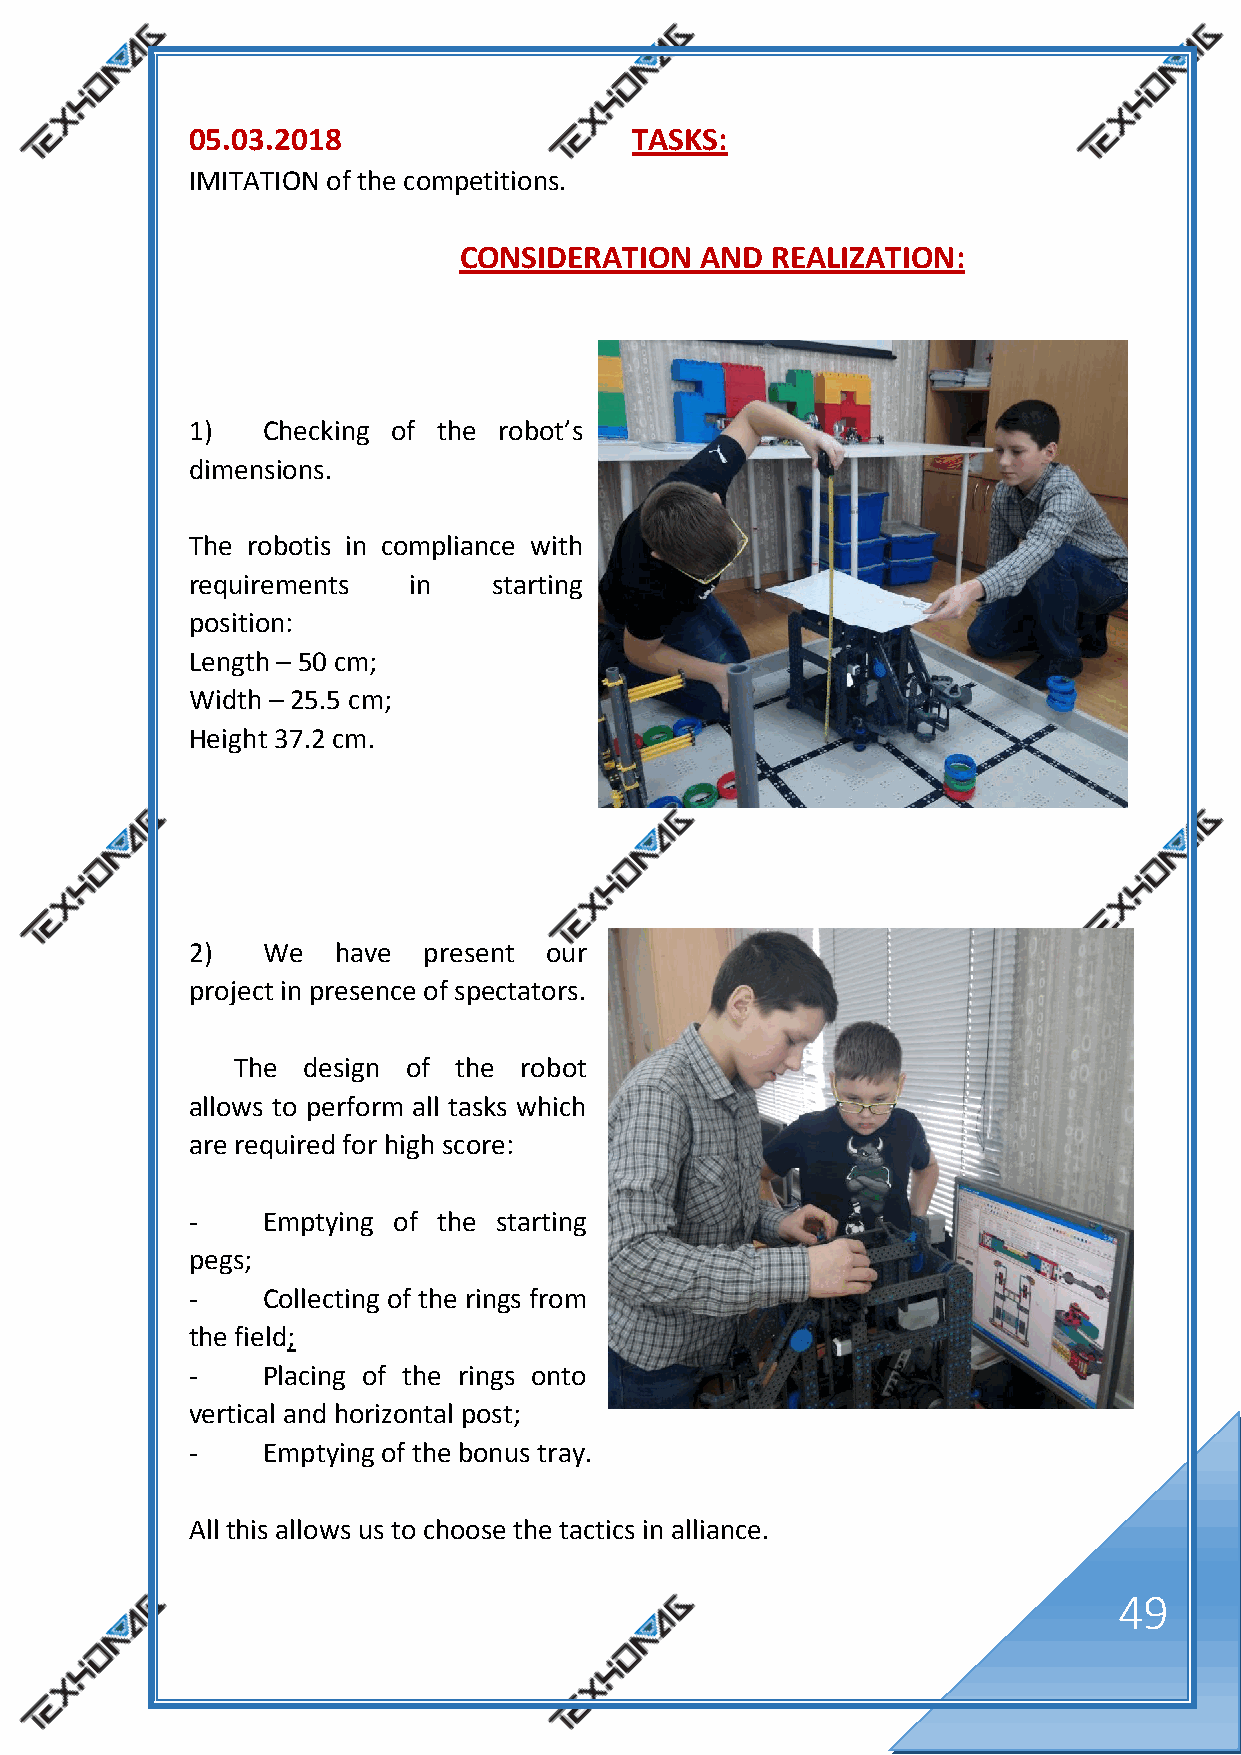
05.03.2018                   TASKS:
 IMITATION of the competitions.
 CONSIDERATION   AND  REALIZATION:
 1)  Checking of the robot’s
 dimensions.
 The robotis in compliance with
 requirements  in    starting
 position:
 Length – 50 cm;
 Width – 25.5 cm;
 Height 37.2 cm.
 2)  We   have  present our
 project in presence of spectators.
 The  design of the robot
 allows to perform all tasks which
 are required for high score:
 -   Emptying of the starting
 pegs;
 -   Collecting of the rings from
 the field;
 -   Placing of the rings onto
 vertical and horizontal post;
 -   Emptying of the bonus tray.
 All this allows us to choose the tactics in alliance.
 49